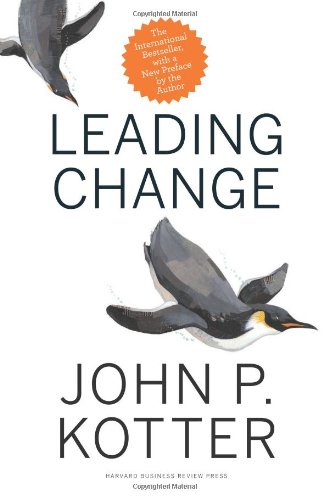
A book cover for Leading Change, With a New Preface by the Author; John P. Kotter; Business & Money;